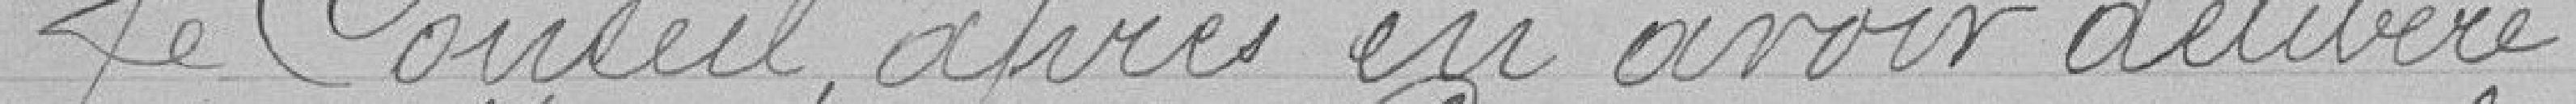
Le conseil, après en avoir délibéré,